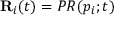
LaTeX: \mathbf { R } _ { i } ( t ) = P R ( p _ { i } ; t )